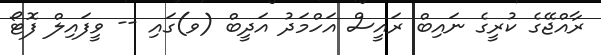
ރާއްޖޭގެ ކުރީގެ ނައިބް ރައީސް އަހްމަދު އަދީބް (ވ)ގައި -- ވީފައިލް ފޮޓޯ